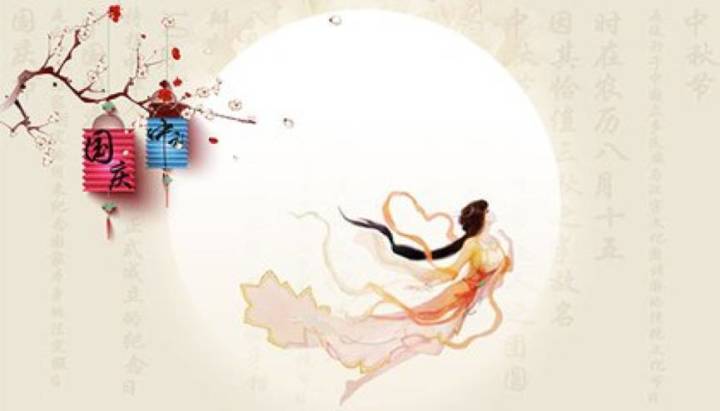
想见广寒宫殿，正云梳风掠。